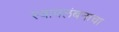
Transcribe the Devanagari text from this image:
स्वावलंबनाचा